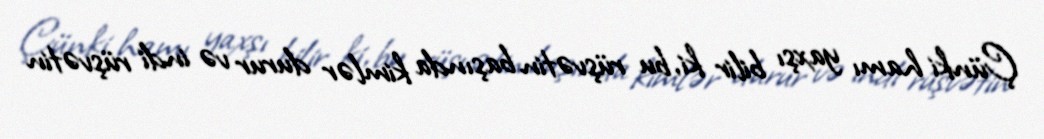
Çünki hamı yaxşı bilir ki, bu rüşvətin başında kimlər durur və indi rüşvətin